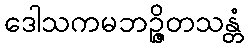
ဒေါသကမဘဉ္ဇိတသန္တံ